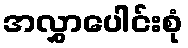
အလွှာပေါင်းစုံ